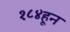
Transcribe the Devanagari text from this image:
१८४हून